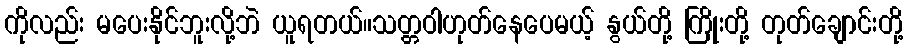
ကိုလည်း မပေးနိုင်ဘူးလို့ဘဲ ယူရတယ်။သတ္တဝါဟုတ်နေပေမယ့် နွယ်တို့ ကြိုးတို့ တုတ်ချောင်းတို့